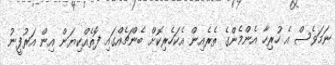
ނަމަވެސް އެ ހުރިހާ އެންމެންގެ ތެރެއިން އެކަހެރިކޮށް ބެންޗެއްގައި ފޮތެއްކިޔަން އިން އަރުފީނު